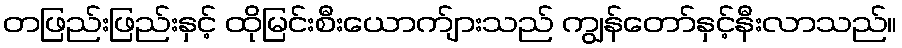
တဖြည်းဖြည်းနှင့် ထိုမြင်းစီးယောက်ျားသည် ကျွန်တော်နှင့်နီးလာသည်။